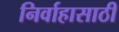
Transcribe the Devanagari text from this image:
निर्वाहासाठी